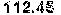
112.45